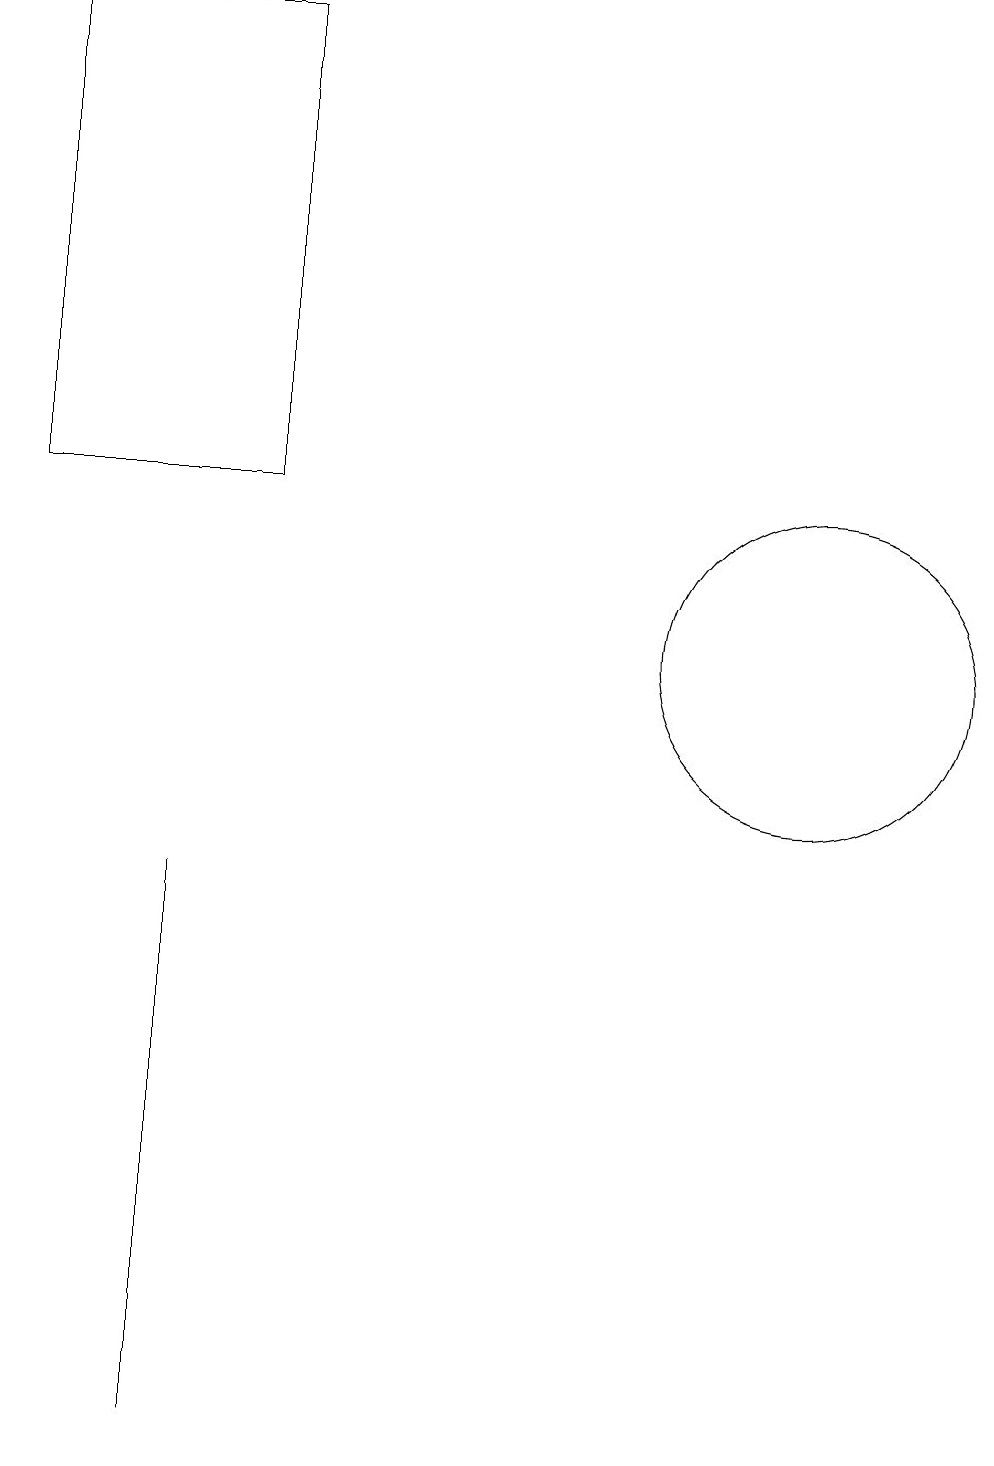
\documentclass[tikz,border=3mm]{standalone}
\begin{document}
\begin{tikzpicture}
\draw (3,1) -- (3,6) -- (3,8) -- cycle;
\draw (11,11) circle (2);
\draw (1,19) rectangle (4,13);
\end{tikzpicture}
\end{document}